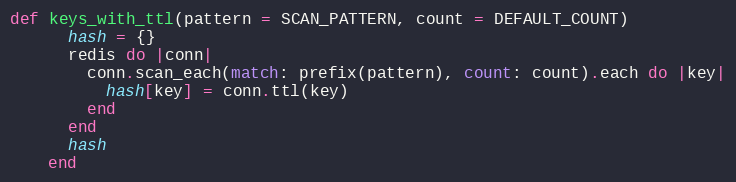
Language: Ruby
def keys_with_ttl(pattern = SCAN_PATTERN, count = DEFAULT_COUNT)
      hash = {}
      redis do |conn|
        conn.scan_each(match: prefix(pattern), count: count).each do |key|
          hash[key] = conn.ttl(key)
        end
      end
      hash
    end